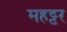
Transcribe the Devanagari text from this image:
महट्टर